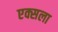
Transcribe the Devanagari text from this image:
एक्सला